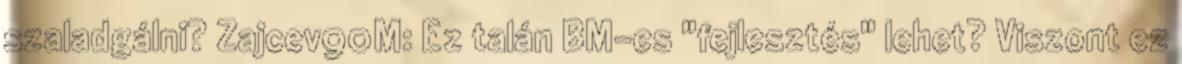
szaladgálni? Zajcev90M: Ez talán BM-es "fejlesztés" lehet? Viszont ez